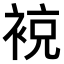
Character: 𧚢